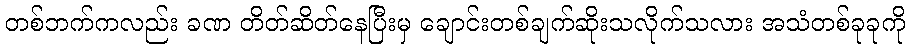
တစ်ဘက်ကလည်း ခဏ တိတ်ဆိတ်နေပြီးမှ ချောင်းတစ်ချက်ဆိုးသလိုက်သလား အသံတစ်ခုခုကို